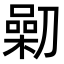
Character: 𠟯